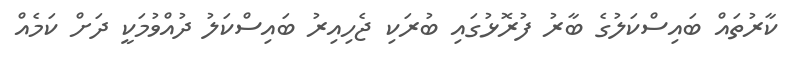
ކާރުތައް ބައިސްކަލުގެ ބާރު ފުރޮޅުގައި ބުރަކި ޖެހިއިރު ބައިސްކަލު ދުއްވުމަކީ ދަށް ކަމެއް